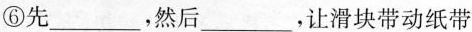
⑥先___，然后___，让滑块带动纸带